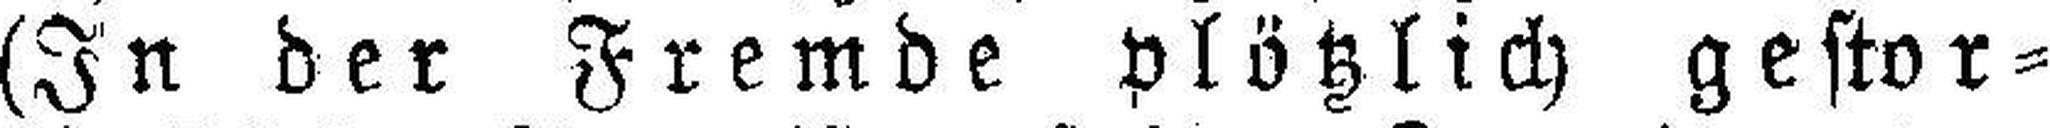
(In der Fremde plötzlich gestor¬